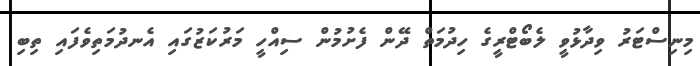
މިނިސްޓަރު ވިދާޅުވީ ލެބޯޓްރީގެ ހިދުމަތް ދޭން ފެށުމުން ސިއްހީ މަރުކަޒުގައި އެނދުމަތިވެފައި ތިބި